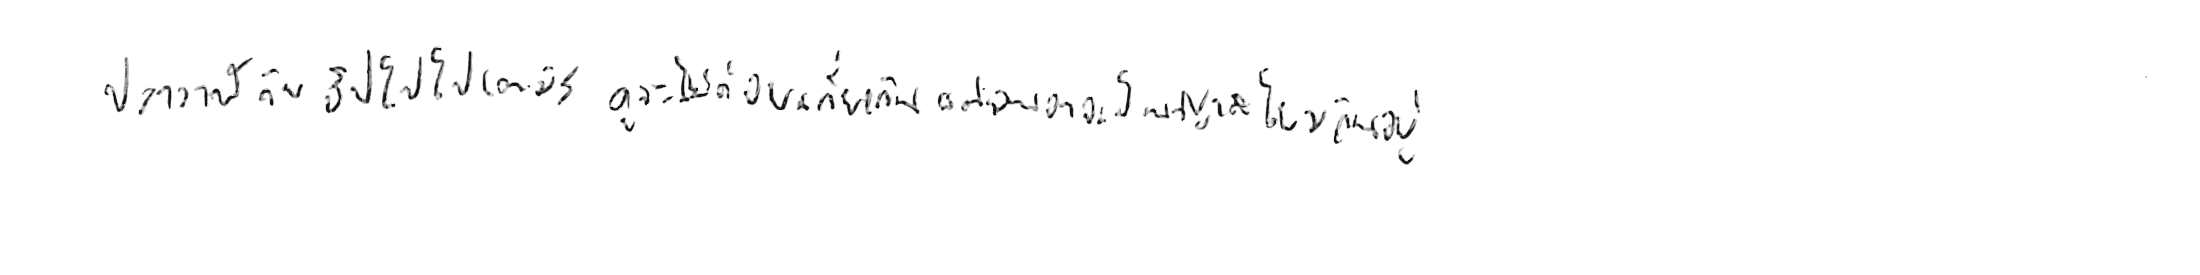
ปลาวาฬ กับ ฮิปโปโปเตมัส ดูจะไม่ค่อยเกี่ยวกัน แต่มันอาจเป็นญาติโยมกันอยู่